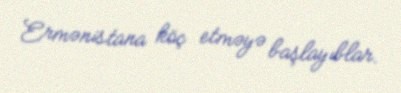
Ermənistana köç etməyə başlayıblar.